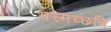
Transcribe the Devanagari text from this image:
भस्मच्छवि